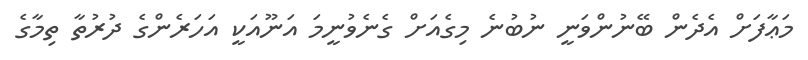
މަޢާފަށް އެދެން ބޭނުންވަނީ ނުބުނެ މިގެއަށް ގެނެވުނީމަ އަނޫއަކީ އަހަރެންގެ ދުރުތާ ތިމާގެ